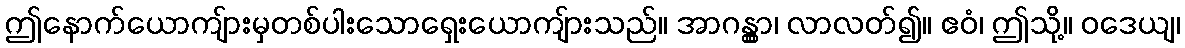
ဤနောက်ယောကျ်ားမှတစ်ပါးသောရှေးယောကျ်ားသည်။ အာဂန္တွာ၊ လာလတ်၍။ ဧဝံ၊ ဤသို့။ ဝဒေယျ၊